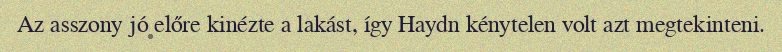
Az asszony jó előre kinézte a lakást, így Haydn kénytelen volt azt megtekinteni.